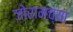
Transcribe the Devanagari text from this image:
जोरामच्या